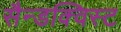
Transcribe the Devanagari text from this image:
सैन्डक्विस्ट